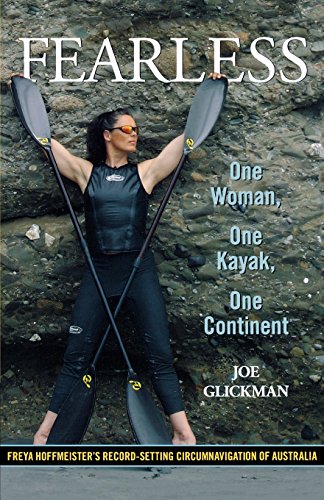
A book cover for Fearless: One Woman, One Kayak, One Continent; Joe Glickman; Sports & Outdoors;